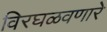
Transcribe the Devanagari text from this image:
विरघळवणारे